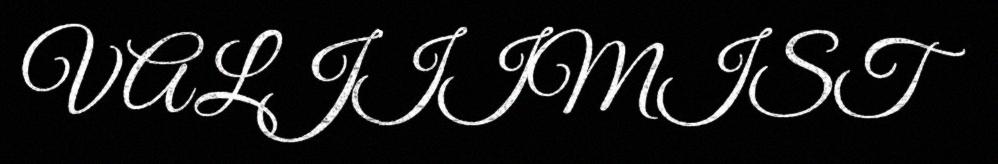
VALJIIMIST